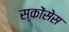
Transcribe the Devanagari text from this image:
स्कोंसेस